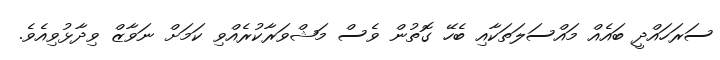
ސަރަހައްދީ ބައެއް މައްސަލަތަކާއި ބެހޭ ގޮތުން ވެސް މަޝްވަރާކުރެއްވި ކަަމަށް ނަވާޒް ވިދާޅުވިއެވެ.